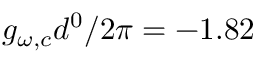
g _ { \omega , c } d ^ { 0 } / 2 \pi = - 1 . 8 2